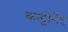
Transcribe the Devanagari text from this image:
कन्ट्टोंमेंट